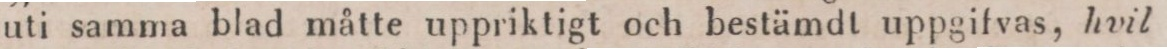
uti samma blad måtte uppriktigt och bestämdt uppgifvas, hvil